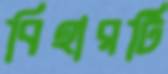
বিহারটি